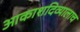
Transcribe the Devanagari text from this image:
आकाशदिव्यालाच